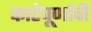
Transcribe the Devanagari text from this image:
काटेपूर्णाची